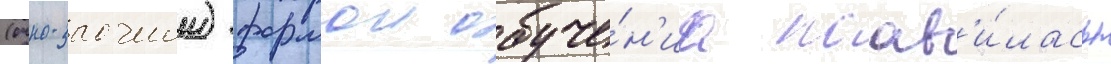
(очно-заочнои) формои обуче́н'иа поав'и́лась